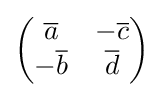
{\begin{pmatrix}{\overline {a}}&-{\overline {c}}\\-{\overline {b}}&{\overline {d}}\end{pmatrix}}